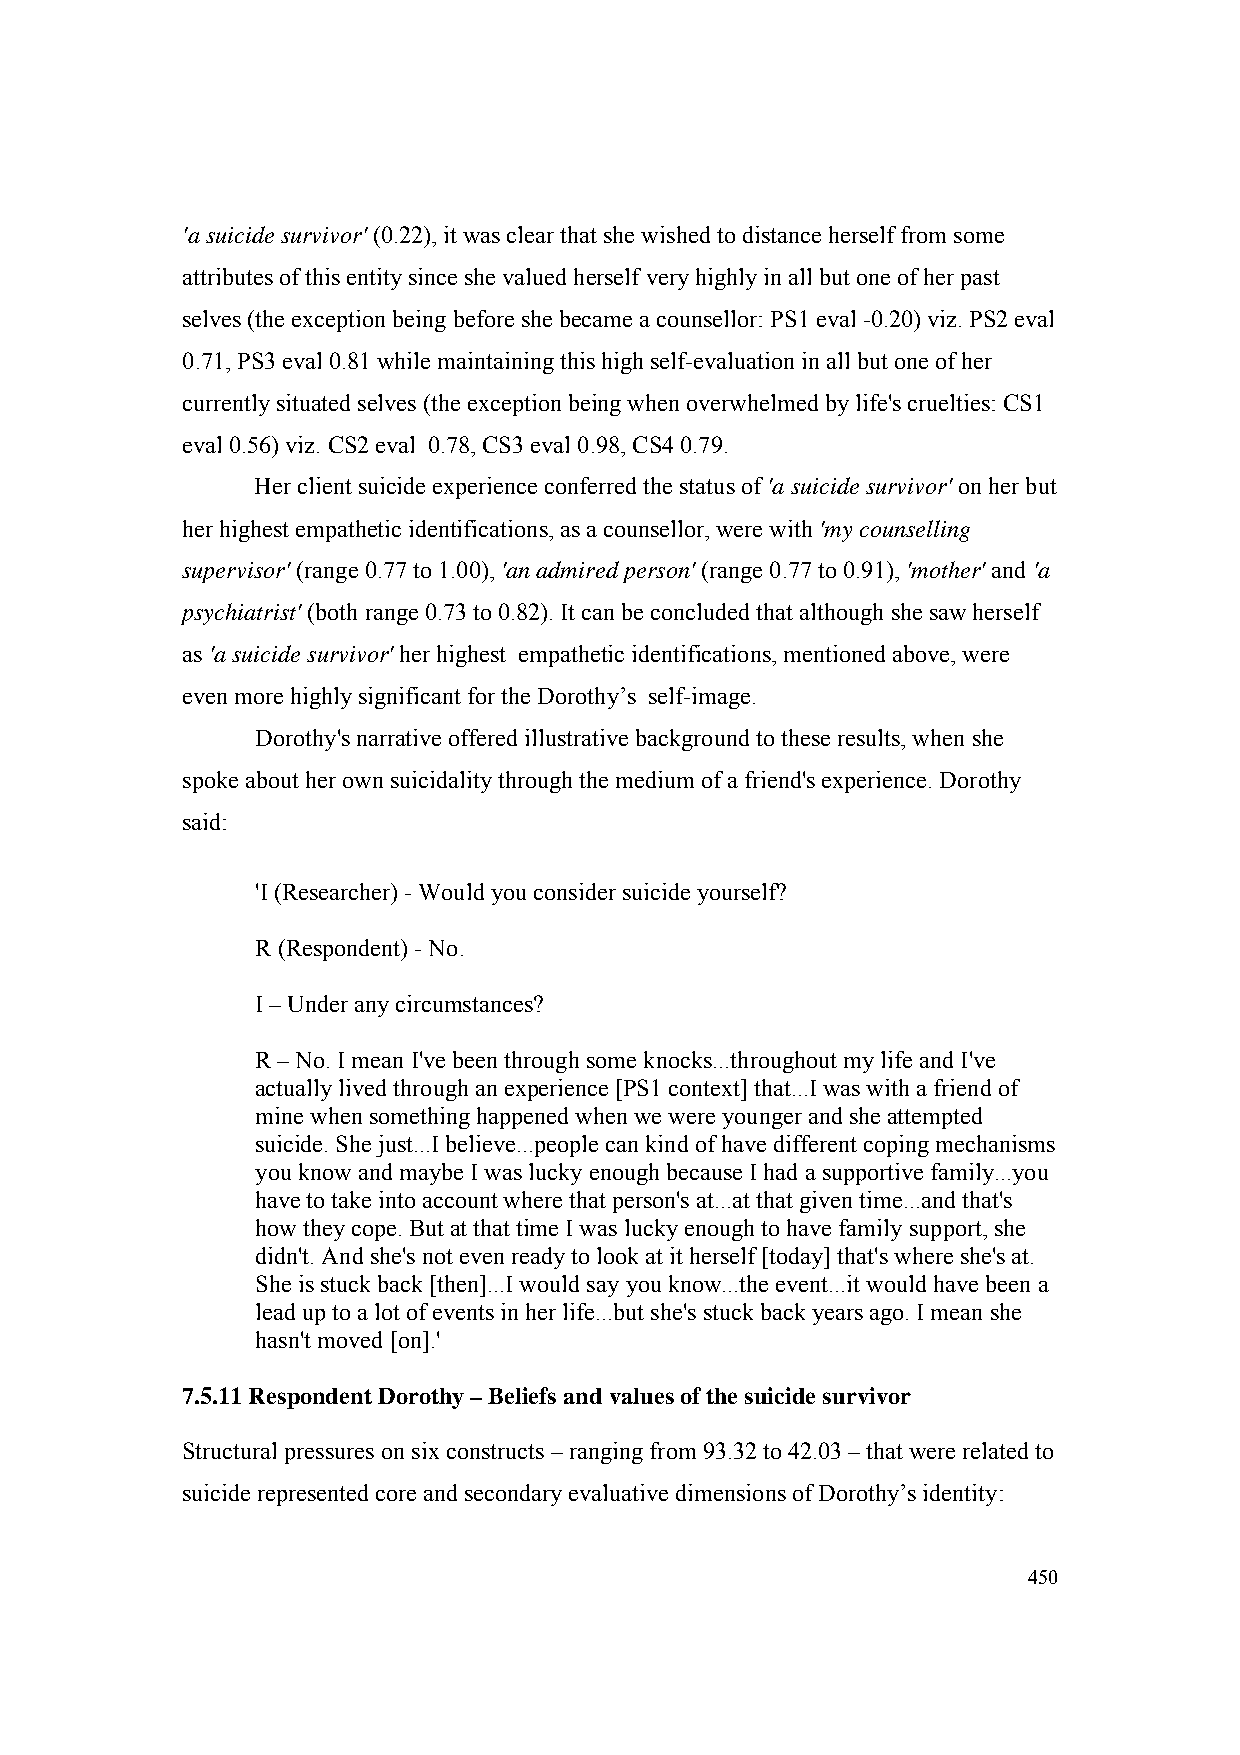
'a suicide survivor' (0.22), it was clear that she wished to distance herself from some
 attributes of this entity since she valued herself very highly in all but one of her past
 selves (the exception being before she became a counsellor: PS1 eval -0.20) viz. PS2 eval
 0.71, PS3 eval 0.81 while maintaining this high self-evaluation in all but one of her
 currently situated selves (the exception being when overwhelmed by life's cruelties: CS1
 eval 0.56) viz. CS2 eval 0.78, CS3 eval 0.98, CS4 0.79.
 Her client suicide experience conferred the status of 'a suicide survivor' on her but
 her highest empathetic identifications, as a counsellor, were with 'my counselling
 supervisor' (range 0.77 to 1.00), 'an admired person' (range 0.77 to 0.91), 'mother' and 'a
 psychiatrist' (both range 0.73 to 0.82). It can be concluded that although she saw herself
 as 'a suicide survivor' her highest empathetic identifications, mentioned above, were
 even more highly significant for the Dorothy’s self-image.
 Dorothy's narrative offered illustrative background to these results, when she
 spoke about her own suicidality through the medium of a friend's experience. Dorothy
 said:
 'I (Researcher) - Would you consider suicide yourself?
 R (Respondent) - No.
 I – Under any circumstances?
 R – No. I mean I've been through some knocks...throughout my life and I've
 actually lived through an experience [PS1 context] that...I was with a friend of
 mine when something happened when we were younger and she attempted
 suicide. She just...I believe...people can kind of have different coping mechanisms
 you know and maybe I was lucky enough because I had a supportive family...you
 have to take into account where that person's at...at that given time...and that's
 how they cope. But at that time I was lucky enough to have family support, she
 didn't. And she's not even ready to look at it herself [today] that's where she's at.
 She is stuck back [then]...I would say you know...the event...it would have been a
 lead up to a lot of events in her life...but she's stuck back years ago. I mean she
 hasn't moved [on].'
 7.5.11 Respondent Dorothy – Beliefs and values of the suicide survivor
 Structural pressures on six constructs – ranging from 93.32 to 42.03 – that were related to
 suicide represented core and secondary evaluative dimensions of Dorothy’s identity:
 450